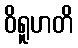
ဝိရူဟတိ